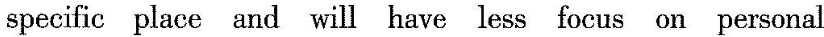
specific place and will have less focus on personal